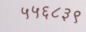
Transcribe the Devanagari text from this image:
५५६८३९